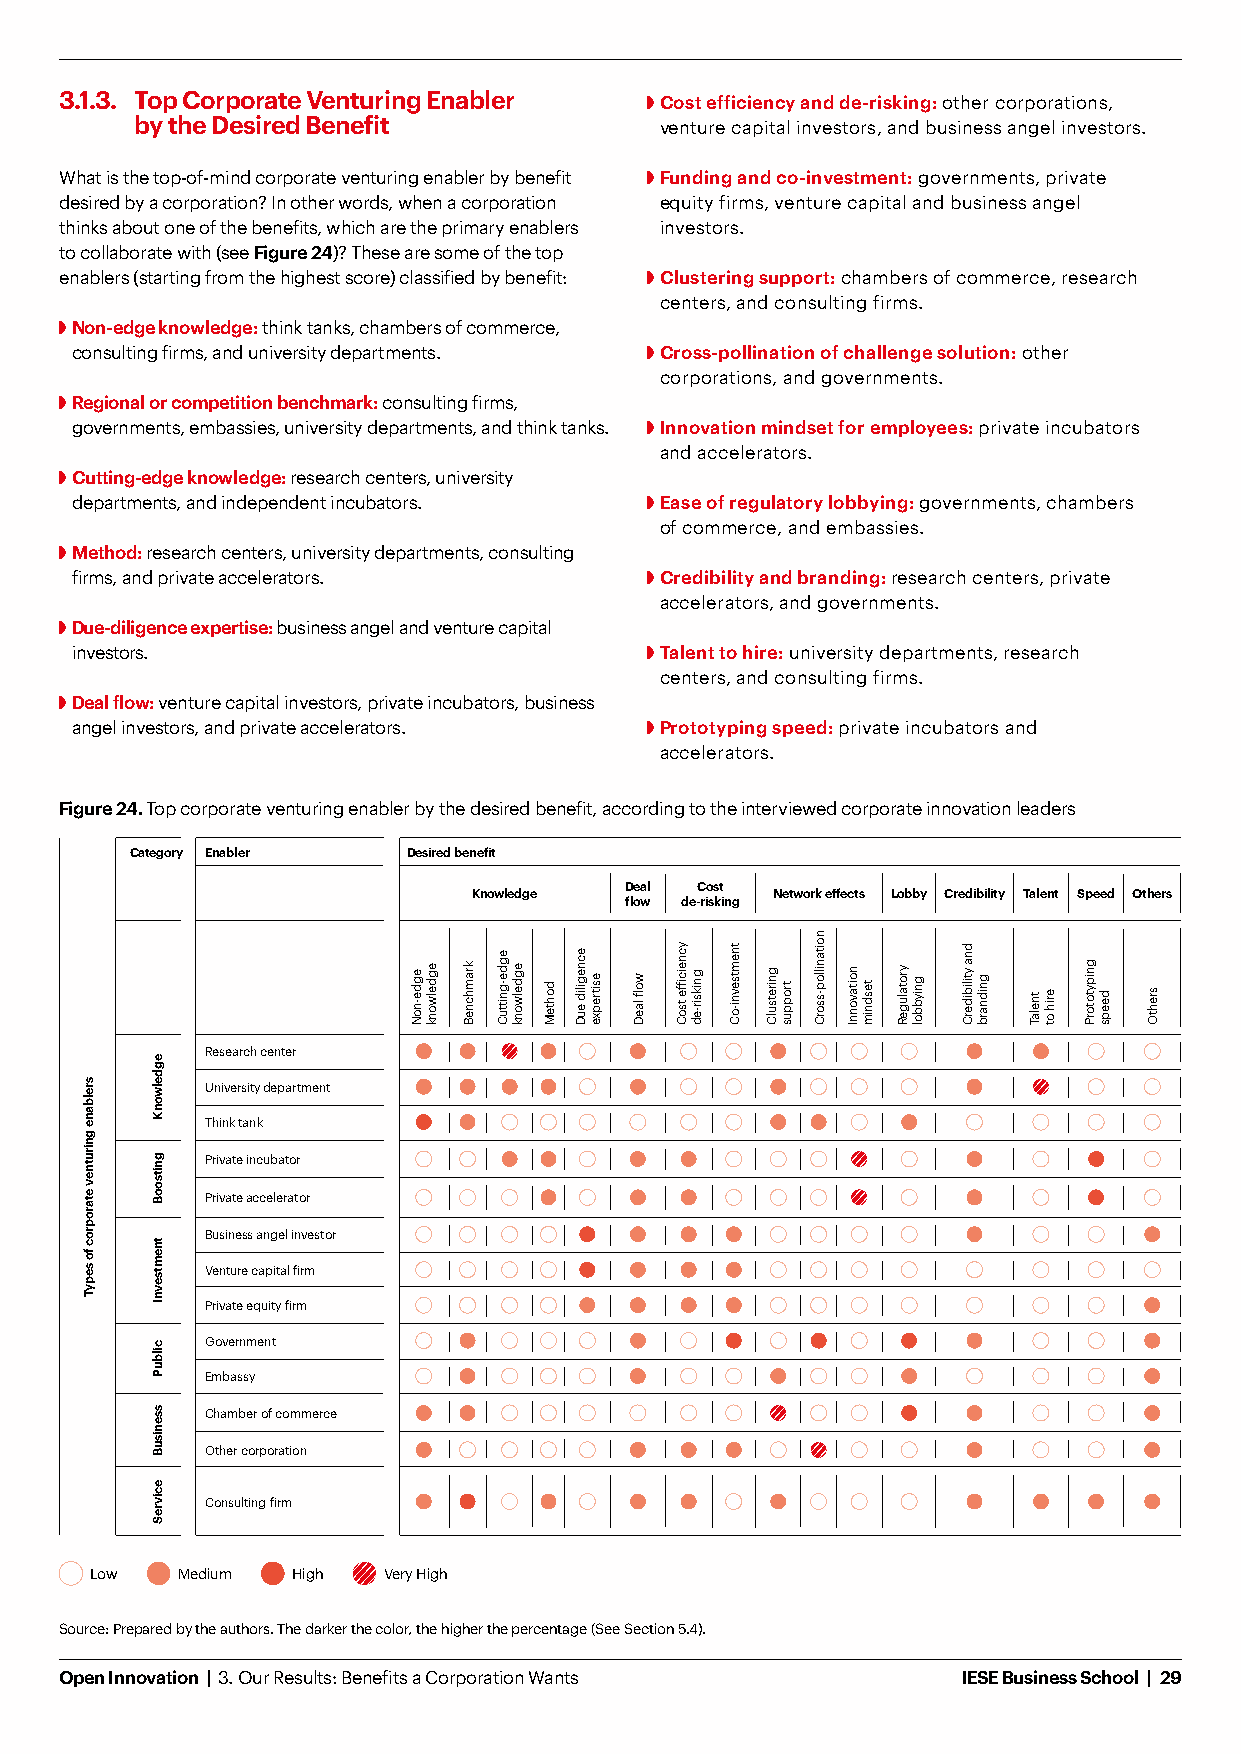
3.1.3. Top Corporate Venturing Enabler  Cost efficiency and de-risking: other corporations,
 by the Desired Benefit             venture capital investors, and business angel investors.
 What is the top-of-mind corporate venturing enabler by benefit Funding and co-investment: governments, private
 desired by a corporation? In other words, when a corporation equity firms, venture capital and business angel
 thinks about one of the benefits, which are the primary enablers investors.
 to collaborate with (see Figure 24)? These are some of the top
 enablers (starting from the highest score) classified by benefit: Clustering support: chambers of commerce, research
 centers, and consulting firms.
 Non-edge knowledge: think tanks, chambers of commerce,
 consulting firms, and university departments. Cross-pollination of challenge solution: other
 corporations, and governments.
 Regional or competition benchmark: consulting firms,
 governments, embassies, university departments, and think tanks. Innovation mindset for employees: private incubators
 and accelerators.
 Cutting-edge knowledge: research centers, university
 departments, and independent incubators. Ease of regulatory lobbying: governments, chambers
 of commerce, and embassies.
 Method: research centers, university departments, consulting
 firms, and private accelerators.       Credibility and branding: research centers, private
 accelerators, and governments.
 Due-diligence expertise: business angel and venture capital
 investors.                             Talent to hire: university departments, research
 centers, and consulting firms.
 Deal flow: venture capital investors, private incubators, business
 angel investors, and private accelerators. Prototyping speed: private incubators and
 accelerators.
 Figure 24. Top corporate venturing enabler by the desired benefit, according to the interviewed corporate innovation leaders
 Category Enabler  Desired benefit
 Deal Cost
 Knowledge           Network effects Lobby Credibility Talent Speed Others
 flow de-risking
 Research center
 University department
 Think tank
 Private incubator
 Private accelerator
 Business angel investor
 Venture capital firm
 Private equity firm
 Government
 Embassy
 Chamber of commerce
 Other corporation
 Consulting firm
 Low   Medium High  Very High
 Source: Prepared by the authors. The darker the color, the higher the percentage (See Section 5.4).
 Open Innovation | 3. Our Results: Benefits a Corporation Wants IESE Business School | 29
 srelbane
 gnirutnev
 etaroproc
 fo
 sepyT
 egdelwonK
 gnitsooB
 tnemtsevnI
 cilbuP
 ssenisuB
 ecivreS
 egde-noN egdelwonk kramhcneB
 egde-gnittuC
 egdelwonk dohteM
 ecnegilid
 euD
 esitrepxe wolf
 laeD
 ycneiciffe
 tsoC
 gniksir-ed
 tnemtsevni-oC
 gniretsulC troppus
 noitanillop-ssorC
 noitavonnI tesdnim yrotalugeR gniybbol
 dna
 ytilibiderC gnidnarb tnelaT erih
 ot
 gnipytotorP deeps srehtO